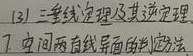
(3) 三垂线定理及其逆定理
7. 空间两直线异面的判定法